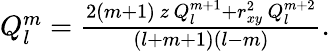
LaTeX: \begin{array}{r}{Q_{l}^{m}=\frac{2(m+1)\, z\, Q_{l}^{m+1}+r_{xy}^{2}\, Q_{l}^{m+2}}{(l+m+1)(l-m)}.}\end{array}